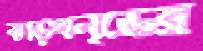
ঝাড়খন্ডের